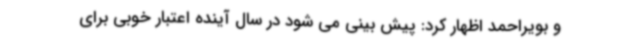
و بویراحمد اظهار کرد: پیش بینی می شود در سال آینده اعتبار خوبی برای